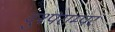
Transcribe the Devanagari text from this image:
दुश्पराम्पर